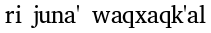
ri juna' waqxaqk'al